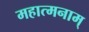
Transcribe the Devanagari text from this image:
महात्मनाम्